Scientific memoirs by medical officers of the Army of India - Part X,
Year: 1897
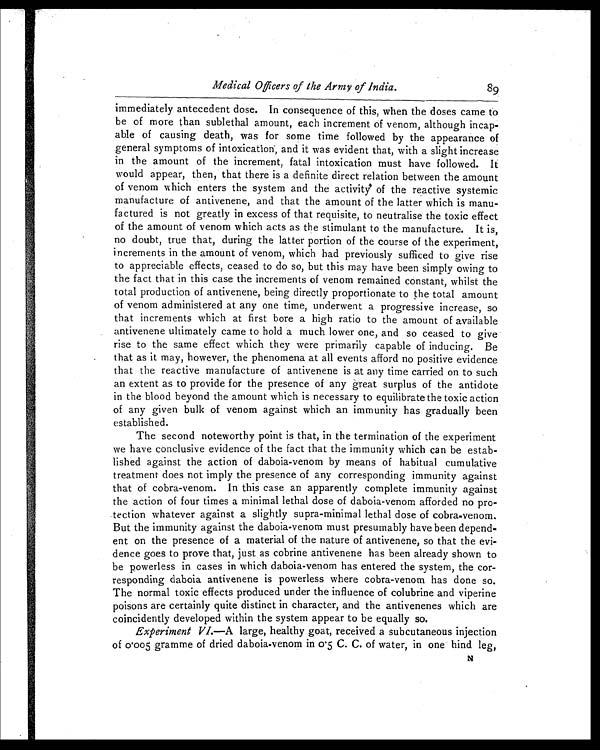
Medical Officers of the Army of India.
89
immediately antecedent dose. In consequence of this, when the doses came to
be of more than sublethal amount, each increment of venom, although incap
-
able of causing death, was for some time followed by the appearance of
general symptoms of intoxication, and it was evident that, with a slight increase
in the amount of the increment, fatal intoxication must have followed. It
would appear, then, that there is a definite direct relation between the amount
of venom which enters the system and the activity of the reactive systemic
manufacture of antivenene, and that the amount of the latter which is manu
-
factured is not greatly in excess of that requisite, to neutralise the toxic effect
of the amount of venom which acts as the stimulant to the manufacture. It is,
no doubt, true that, during the latter portion of the course of the experiment,
increments in the amount of venom, which had previously sufficed to give rise
to appreciable effects, ceased to do so, but this may have been simply owing to
the fact that in this case the increments of venom remained constant, whilst the
total production of antivenene, being directly proportionate to the total amount
of venom administered at any one time, underwent a progressive increase, so
that increments which at first bore a high ratio to the amount of available
antivenene ultimately came to hold a much lower one, and so ceased to give
rise to the same effect which they were primarily capable of inducing. Be
that as it may, however, the phenomena at all events afford no positive evidence
that the reactive manufacture of antivenene is at any time carried on to such
an extent as to provide for the presence of any great surplus of the antidote
in the blood beyond the amount which is necessary to equilibrate the toxic action
of any given bulk of venom against which an immunity has gradually been
established.
The second noteworthy point is that, in the termination of the experiment
we have conclusive evidence of the fact that the immunity which can be estab
-
lished against the action of daboia-venom by means of habitual cumulative
treatment does not imply the presence of any corresponding immunity against
that of cobra-venom. In this case an apparently complete immunity against
the action of four times a minimal lethal dose of daboia-venom afforded no pro
-
tection whatever against a slightly supra-minimal lethal dose of cobra-venom.
But the immunity against the daboia-venom must presumably have been depend
-
ent on the presence of a material of the nature of antivenene, so that the evi
-
dence goes to prove that, just as cobrine antivenene has been already shown to
be powerless in cases in which daboia-venom has entered the system, the cor
-
responding daboia antivenene is powerless where cobra-venom has done so.
The normal toxic effects produced under the influence of colubrine and viperine
poisons are certainly quite distinct in character, and the antivenenes which are
coincidently developed within the system appear to be equally so.
Experiment VI. —A large, healthy goat, received a subcutaneous injection
of 0.005 gramme of dried daboia-venom in 0.5 C. C. of water, in one hind leg, N